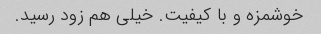
خوشمزه و با کیفیت. خیلی هم زود رسید.